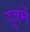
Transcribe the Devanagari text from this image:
हुक्में